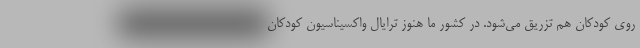
روی کودکان هم تزریق می‌شود. در کشور ما هنوز ترایال واکسیناسیون کودکان